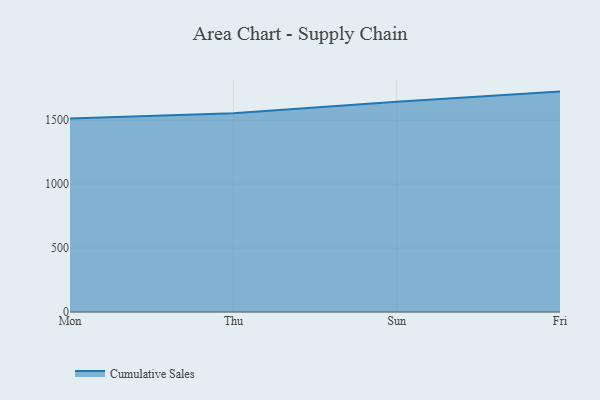
{"axis": {"x": "Day", "y": "Page Views"}, "legend": ["Cumulative Sales"], "data": [{"x": "Mon", "y": 1512.6, "type": "Cumulative Sales"}, {"x": "Thu", "y": 1554.4, "type": "Cumulative Sales"}, {"x": "Sun", "y": 1644.1, "type": "Cumulative Sales"}, {"x": "Fri", "y": 1723.0, "type": "Cumulative Sales"}]}